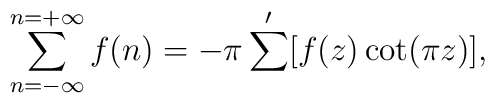
\sum_{n=-\infty}^{n=+\infty} f(n) = - \pi \sum'[f(z)\cot(\pi z)],